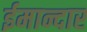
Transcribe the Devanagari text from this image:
ईमान्दार